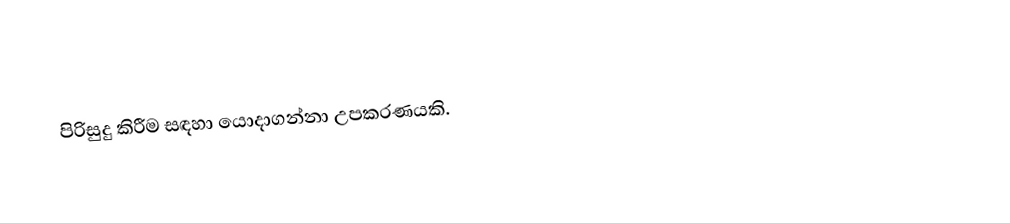
පිරිසුදු කිරීම සඳහා යොදාගන්නා උපකරණයකි.